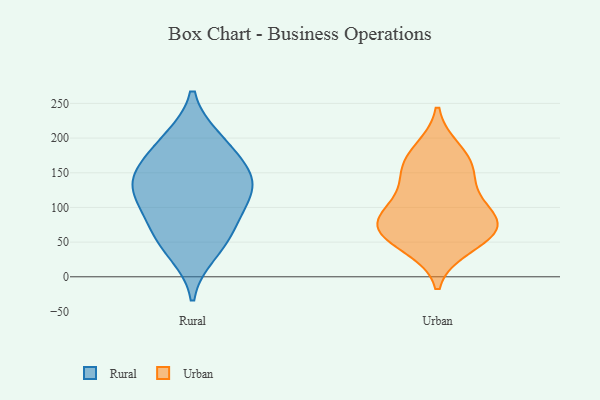
{"axis": {"x": "Churn Rate (%)", "y": "Value"}, "legend": ["Rural", "Urban"], "data": [{"x": "", "y": 104, "type": "Rural"}, {"x": "", "y": 58, "type": "Rural"}, {"x": "", "y": 156, "type": "Rural"}, {"x": "", "y": 139, "type": "Rural"}, {"x": "", "y": 192, "type": "Rural"}, {"x": "", "y": 35, "type": "Rural"}, {"x": "", "y": 198, "type": "Rural"}, {"x": "", "y": 69, "type": "Rural"}, {"x": "", "y": 107, "type": "Rural"}, {"x": "", "y": 143, "type": "Rural"}, {"x": "", "y": 134, "type": "Rural"}, {"x": "", "y": 67, "type": "Urban"}, {"x": "", "y": 159, "type": "Urban"}, {"x": "", "y": 70, "type": "Urban"}, {"x": "", "y": 84, "type": "Urban"}, {"x": "", "y": 120, "type": "Urban"}, {"x": "", "y": 181, "type": "Urban"}, {"x": "", "y": 89, "type": "Urban"}, {"x": "", "y": 45, "type": "Urban"}, {"x": "", "y": 66, "type": "Urban"}, {"x": "", "y": 154, "type": "Urban"}]}